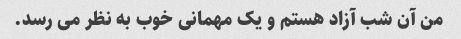
من آن شب آزاد هستم و یک مهمانی خوب به نظر می رسد.